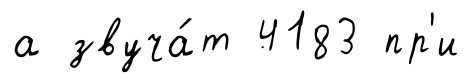
а звуча́т 4183 пр'и